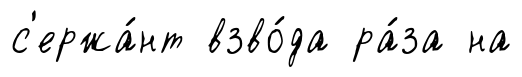
с'ержа́нт взво́да ра́за на